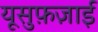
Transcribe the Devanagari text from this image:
यूसुफ़ज़ाई